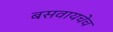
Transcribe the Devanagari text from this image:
बसवायचेच